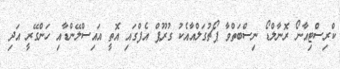
ކްރިސްޓިއާނޯ ރޮނާލްޑޯ ނިސްބަތްވާ ޕޯޗުގަލްއާއެކު ގުރޫޕް އެފްގައި އޮތީ އައިސްލޭންޑާއި ހަންގޭރީ އަދި